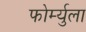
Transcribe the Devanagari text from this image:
फोर्म्युला